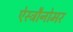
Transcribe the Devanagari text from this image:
ऐस्ट्रौनोमर